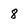
Character: 8